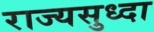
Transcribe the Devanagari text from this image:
राज्यसुध्दा